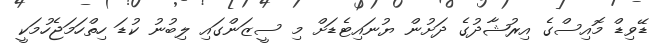
ޑޭވިޑް މޮއިސްގެ އިރުޝާދުގެ ދަށުން ޔުނައިޓެޑަށް މި ސީޒަންގައި ލިބުނު ކުޑަ ހިތްހަމަޖެހުމަކީ